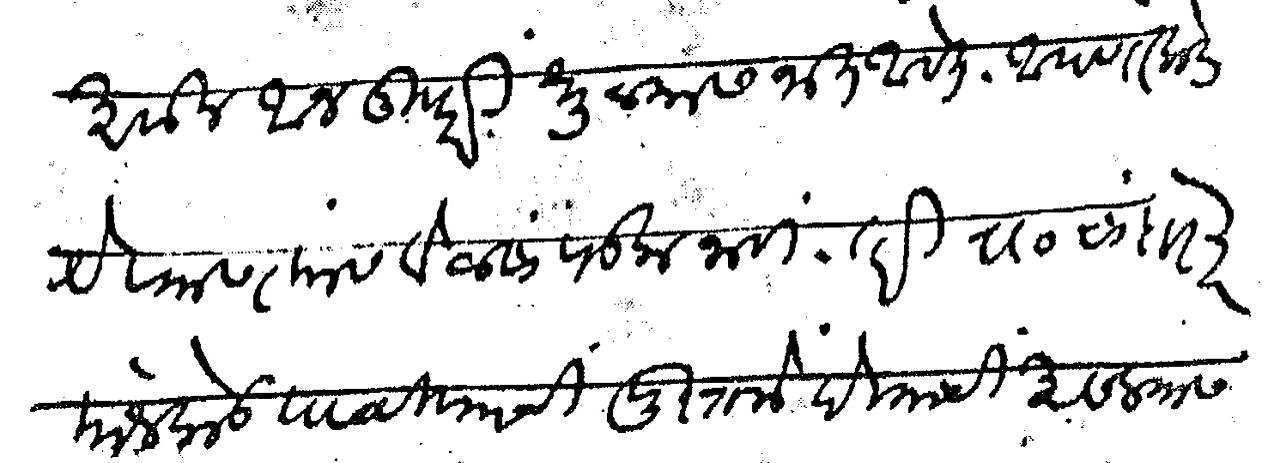
Transliteration (Devanagari): असून आज दुपारी धुळ्यास जात आहेत आपणाकडे येण्यास त्यांस वेळ सापडला नाही तरी रा चांदोरकर यांजकडे पाठविण्याची पुस्तके देण्याची असल्यास